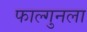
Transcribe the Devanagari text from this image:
फाल्गुनला